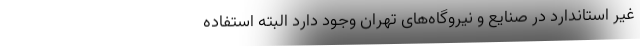
غیر استاندارد در صنایع و نیروگاه‌های تهران وجود دارد البته استفاده